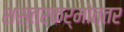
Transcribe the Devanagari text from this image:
शस्त्रकर्मोत्तर